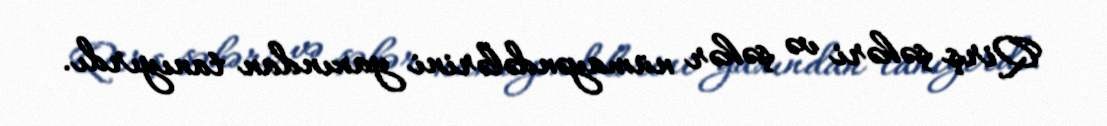
Qirş şəhəri və şəhər nümayəndələrini yaxından tanıyırdı.